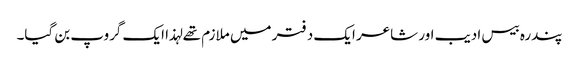
پندرہ بیس ادیب اور شاعر ایک دفتر میں ملازم تھے لہذا ایک گروپ بن گیا۔